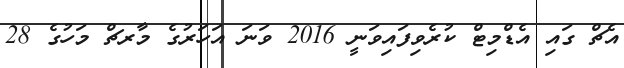
އެޗް ގައި އެޑްމިޓް ކުރެވިފައިވަނީ 2016 ވަނަ އަހަރުގެ މާރޗް މަހުގެ 28